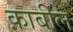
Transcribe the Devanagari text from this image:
क़ाबील